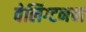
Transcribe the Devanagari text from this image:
वेलिंग्टनचा